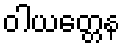
ဝါယတ္တေန